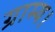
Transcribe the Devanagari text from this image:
ग्राम्य।